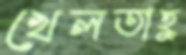
খেলতাহু